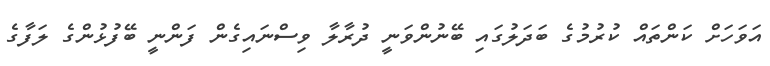
އަވަހަށް ކަންތައް ކުރުމުގެ ބަދަލުގައި ބޭނުންވަނީ ދުރާލާ ވިސްނަައިގެން ފަންނީ ބޭފުޅުންގެ ލަފާގެ